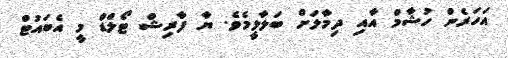
އަހަރެން ހުޝާމް އާއި ދިމާލަށް ބަލާލީމެވެ. ޔާ ފާރިޝް ޓޯލްޑް މީ އެބައުޓް